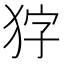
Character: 𭸇